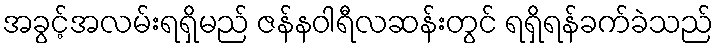
အခွင့်အလမ်းရရှိမည် ဇန်နဝါရီလဆန်းတွင် ရရှိရန်ခက်ခဲသည်